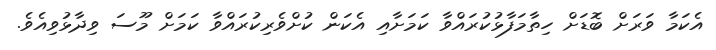
އެކަމާ ވަރަށް ބޮޑަށް ހިތާމަފާޅުކުރައްވާ ކަމަށާއި އެކަން ކުށްވެރިކުރައްވާ ކަމަށް މޫސަ ވިދާޅުވިއެވެ.